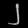
Digit: ၂